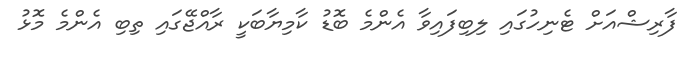
ފާރިޝްއަށް ޓެނިހުގައި ލިބިފައިވާ އެންމެ ބޮޑު ކާމިޔާބަކީ ރާއްޖޭގައި ތިބި އެންމެ މޮޅު